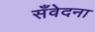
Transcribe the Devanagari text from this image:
सँवेदना